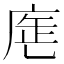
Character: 𢉓